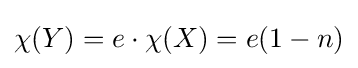
\chi (Y)=e\cdot \chi (X)=e(1-n)